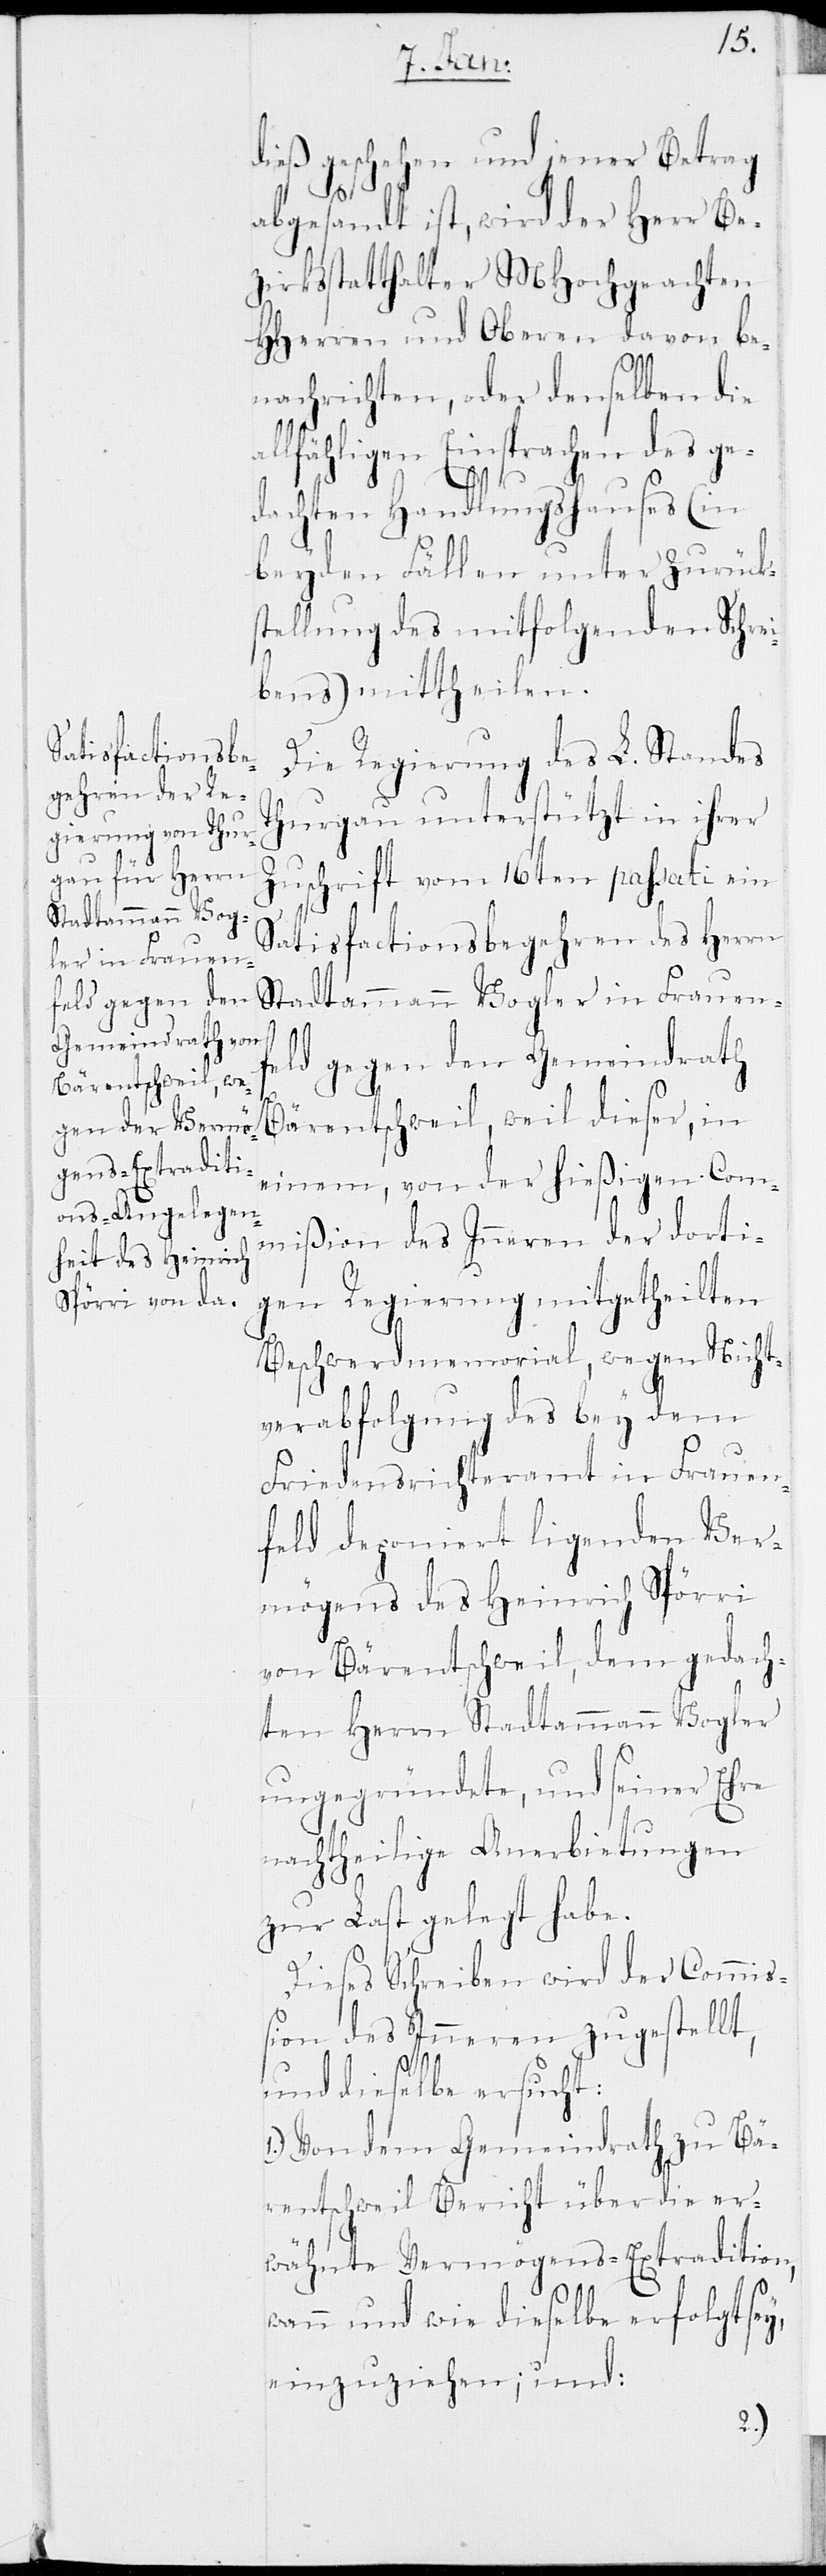
dieß geschehen und jener Betrag
abgesandt ist, wird der Herr Be¬
zirksstatthalter MHochgeachten
HHerren und Oberen davon be¬
nachrichten, oder denselben die
allfähligen Einsprachen des ge¬
dachten Handlungshauses (in
beyden Fällen unter Zurück¬
stellung des mitfolgenden Schrei¬
bens) mittheilen.
Die Regierung des L. Standes
Thurgau unterstützt in ihrer
Zuschrift vom 16ten passati ein
Stadtammann Vog¬
Satisfactionsbegehren des Herrn
ler in Frauen¬
feld gegen den Gemeindrath
Bärentschweil, weil dieser, in
einem, von der hießigen Com¬
mißion des Inneren der dorti¬
gen Regierung mitgetheilten
Beschwerdmemorial, wegen Nicht¬
verabfolgung des bey dem
Friedensrichteramt in Frauen¬
feld deponiert ligenden Ver¬
mögens des Heinrich Spörri
von Bärentschweil, dem gedach¬
ten Herrn Stadtammann Vogler
ungegründete, und seiner Ehre
nachtheilige Anerbietungen
zur Last gelegt habe.
Dieses Schreiben wird der Commiß¬
ion des Inneren zugestellt,
und dieselbe ersucht:
1.) Von dem Gemeindrath zu Bä¬
rentschweil Bericht über die er¬
wähnte Vermögens-Extradition,
wann und wie dieselbe erfolgt sey,
einzuziehen; und: